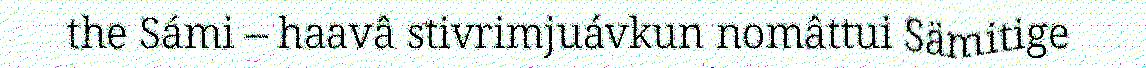
the Sámi – haavâ stivrimjuávkun nomâttui Sämitige